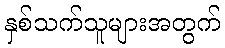
နှစ်သက်သူများအတွက်